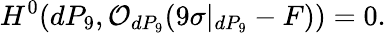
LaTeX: H^{0}(dP_{9},{\cal O}_{dP_{9}}(9\sigma|_{dP_{9}}-F))=0.